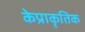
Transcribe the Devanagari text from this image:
केप्राकृतिक